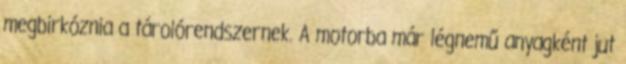
megbirkóznia a tárolórendszernek. A motorba már légnemű anyagként jut